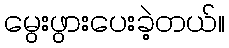
မွေးဖွားပေးခဲ့တယ်။